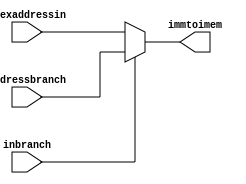
`timescale 1ns / 1ps
//////////////////////////////////////////////////////////////////////////////////
// Company: 
// Engineer: 
// 
// Design Name: 
// Module Name:    imm 
// Project Name: 
// Target Devices: 
// Tool versions: 
// Description: 
//
// Dependencies: 
//
// Revision: 
// Revision 0.01 - File Created
// Additional Comments: 
//
//////////////////////////////////////////////////////////////////////////////////
module imm(inbranch,addressbranch,idexaddressin,immtoimem
    );
input wire inbranch;
input wire [31:0] addressbranch;
input wire [31:0] idexaddressin;
output reg [31:0] immtoimem;

always@(*)begin
if (inbranch==1)
immtoimem<=addressbranch;
else
immtoimem<=idexaddressin;
end

endmodule